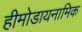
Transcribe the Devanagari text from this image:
हीमोडायनामिक